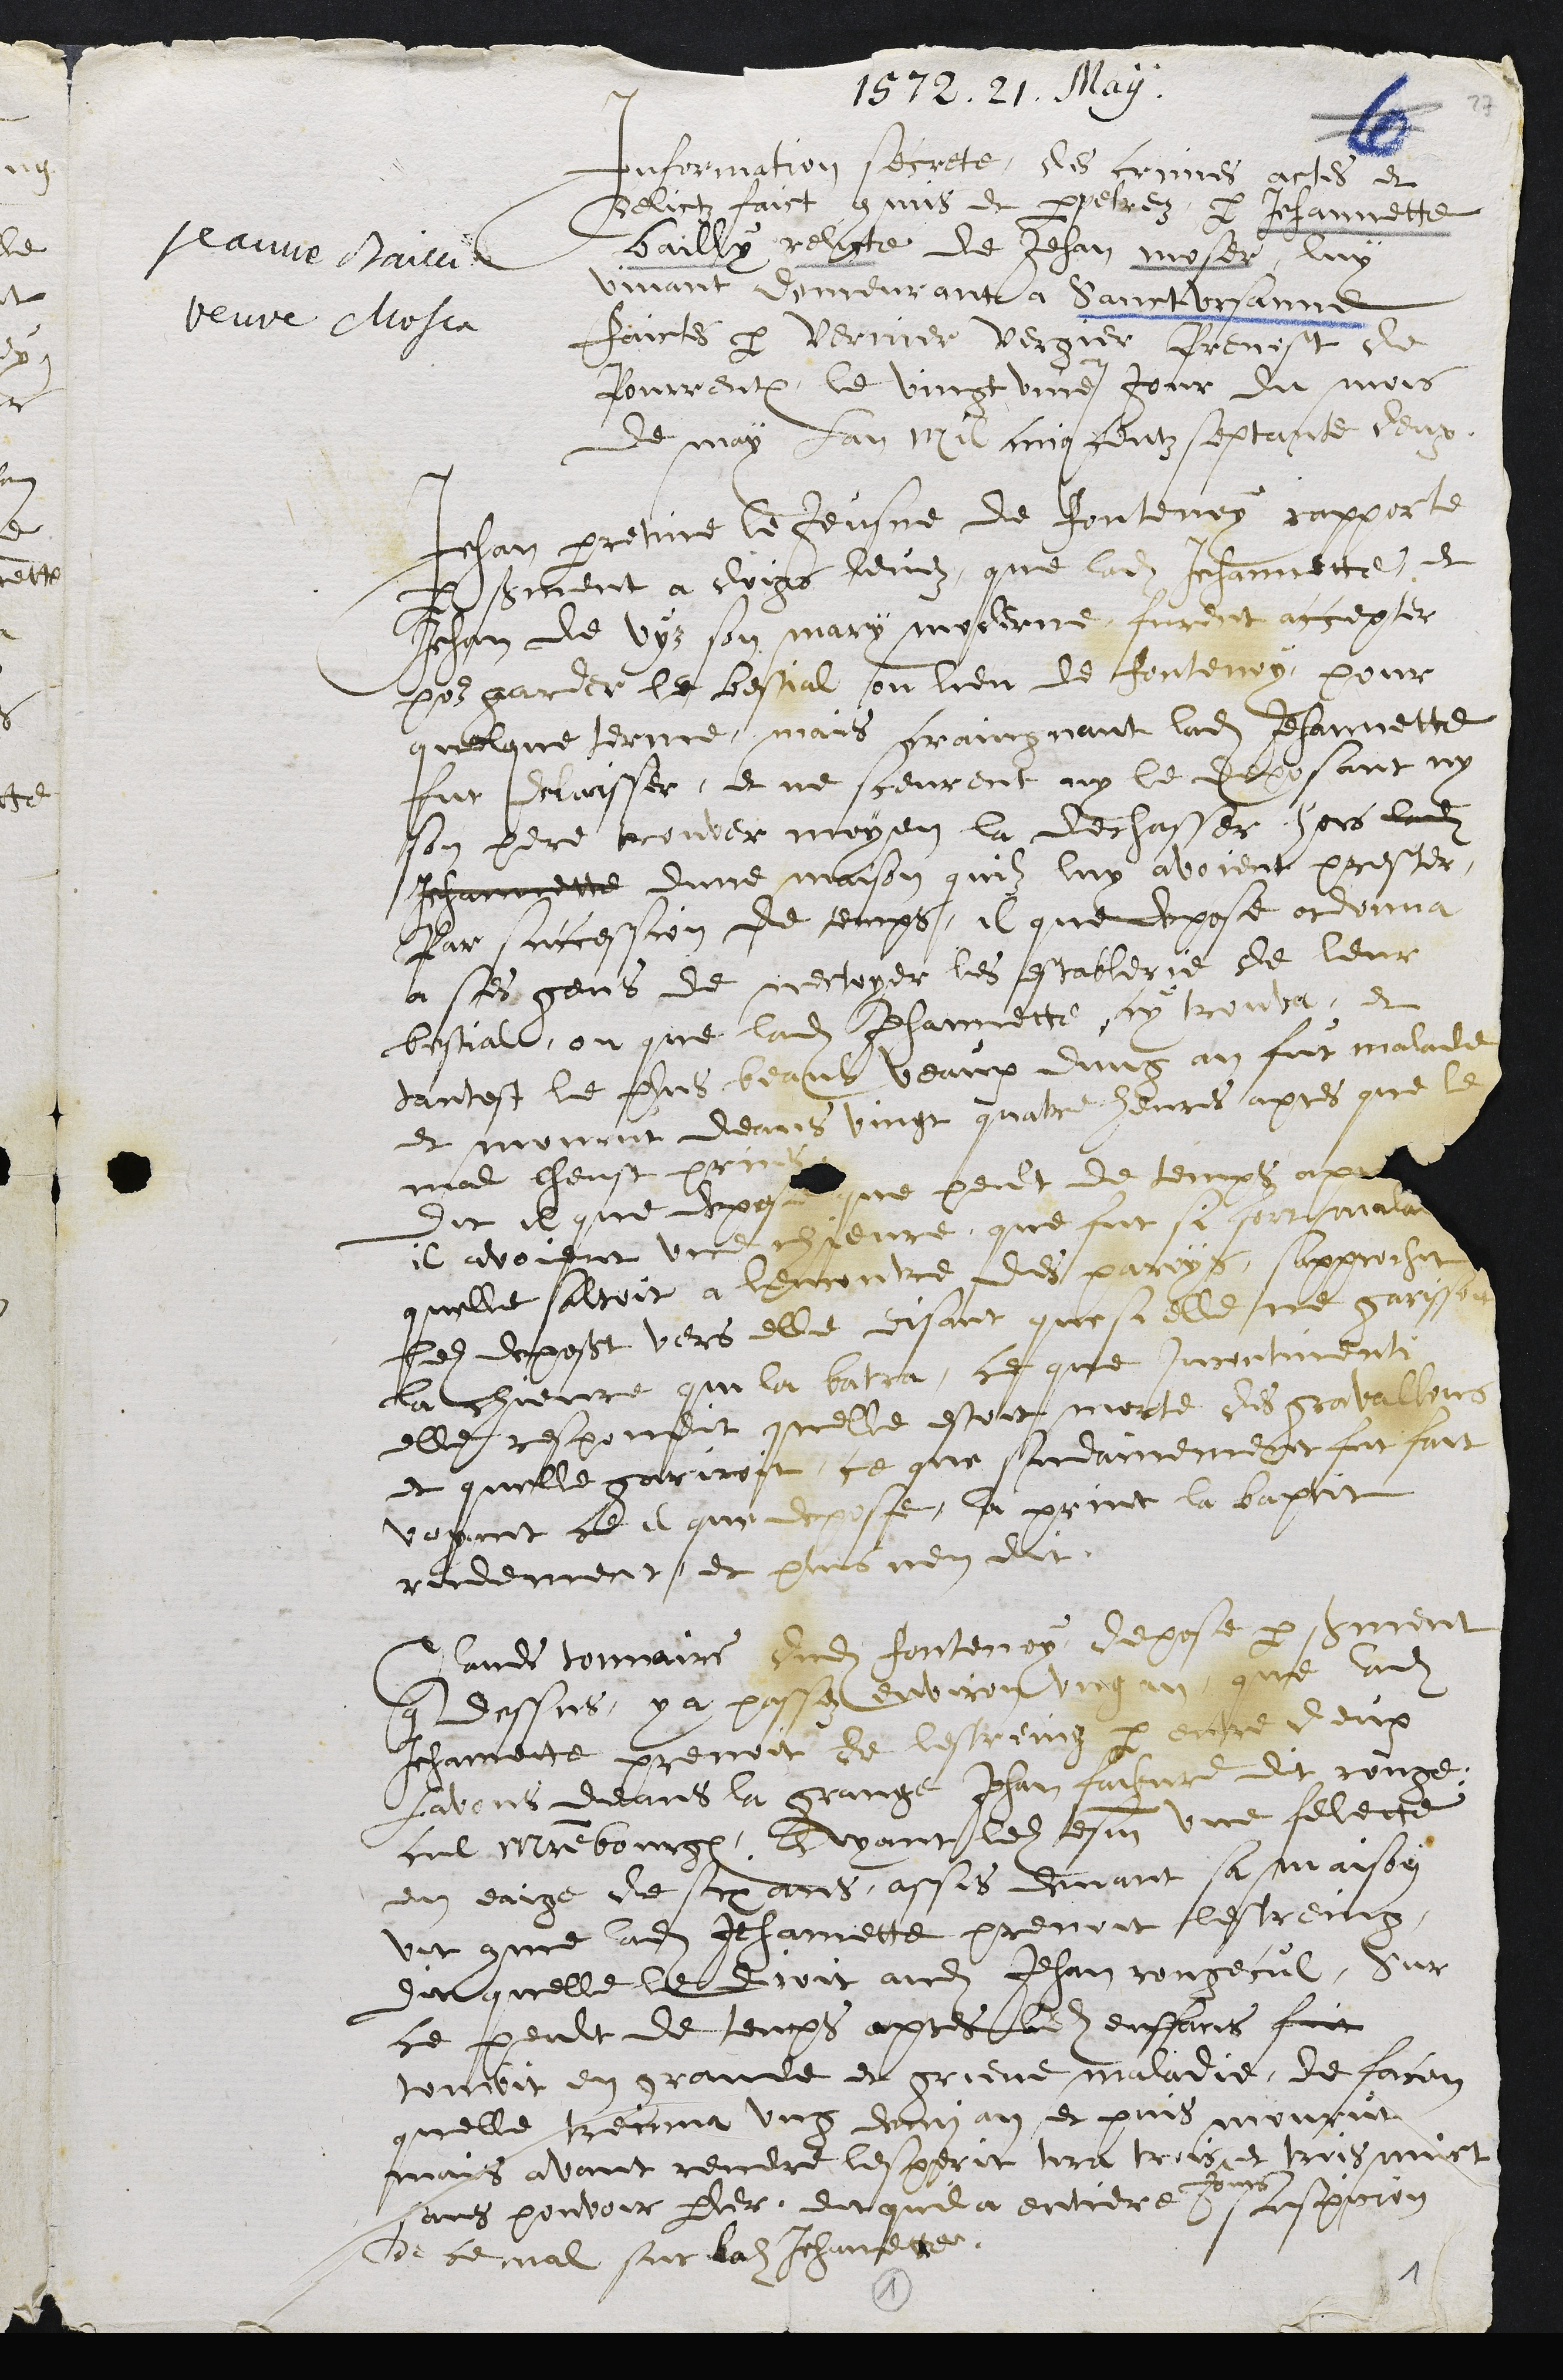
1572. 21. May.
Jeanne Vaiccin
beure Mosia
Information secrtte, des crimes actes et
Delictz faict commis et prpetréz e Jehannette
bailly relicte de Jehan meser, luy
vivant demeurant a Saict Ursanne
faictes par Vernier vergier frevist de
Pourrentruy le vingt unne jour du mois
de may lan nil cing centz septante deux
ehan preiine le Jeusne de Ponteney rapporte
Esement a choigs hevez, que ladite Jehannette, et
Jehan de vyz son mary moserne, furdit accepter
por garder le bestial ou lieu de fontenoy, pour
quelque terme, mais fraingnant ladite Jehannette
fut deraisser, et ne sceurent ny le deposant ny
son pere trouver moyen la dechasser hors dudit
Jehanoette dune maison quilz luy avoient prester
par saccession de temps, il que depose otdonva
a ses gens de mectoyer les establerie de leur
bestiall, ou que ladite Jehannette cy trouva, et
dantest le flus beaus veaux dung an fut malade
et mourut deans vingt quatre heures apres que le
mal lheust prines
Dit il que deposan ne peut de temps apr
il avoient une chteure que fut si sort malad
quelle salroit a lencontre des paroys, sapprochit
ledit deposant vers elle disant que si elle ne garisson
la chievire qui la batra, ce que jurrntmenti
elle respondit quelle estoit morté des gravallers
et quelle garirost, ce que sndamement fut fait
voyant ce à que depose, lu print la baptit
redement et plus nen dit.
Cande tonnaire dudit fontenoy depose par serment
que dessus, y a passe environ ung an que ladite
Jhannette prenoit de lestreing par entre deux
Ladons deans la grange Jhan faiture dit rouge,
cul maitre bourgeois Avyant ledit tesmoin une felege
en eaigé de eades, assis devant sa maison
vit comme ladite Jehannette prenoit lestremx,
dit quelle le droit audit Jehan rongecul, Sur
ce peult de temps apres ladite enffans fait
tombit en grande et grieve maladie, de facon
quelle trecma ung demi an, et puis mourut
or
sans pouvoir parler, dit quil a entiere suspicion
de ce mal sur ladite Jehannette.